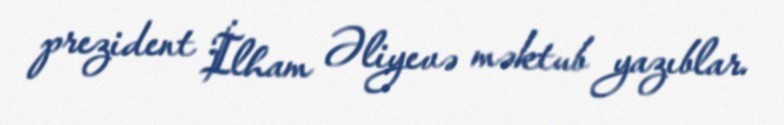
prezident İlham Əliyevə məktub yazıblar.